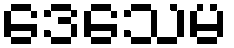
ဒေသေမ